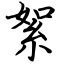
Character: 絮